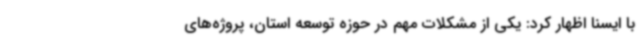
با ایسنا اظهار کرد: یکی از مشکلات مهم در حوزه توسعه استان، پروژه‌های